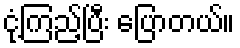
ငုံ့ကြည့်ပြီး ပြောတယ်။